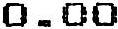
0.00